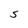
Character: S